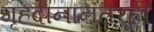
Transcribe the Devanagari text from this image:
गृहदानानंतरही